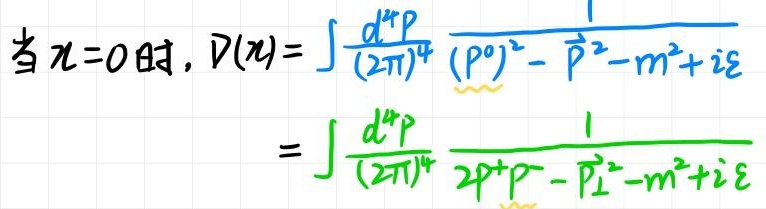
当$x = 0$时, $D(x)=\int \frac{d^4p}{(2\pi)^4} \frac{1}{(p^0)^2 - \vec{p}^2 - m^2 + i\varepsilon}$
$=\int \frac{d^4p}{(2\pi)^4} \frac{1}{2p^+p^- - \vec{p}_{\perp}^2 - m^2 + i\varepsilon}$